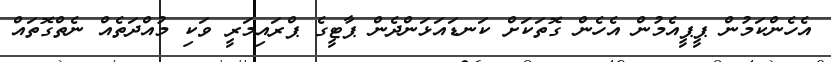
އެހެންކަމުން ޕީޕީއެމުން އެހެން ގޮތަކަށް ކަނޑައަޅަންދެން ޕާޓީގެ ޕްރައިމަރީ ވަކި މުއްދަތެއް ނެތްގޮތައް